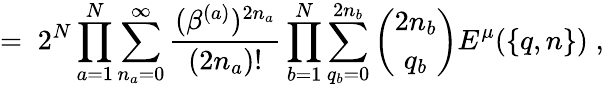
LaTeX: =\; 2^{N}\prod_{a=1}^{N}\sum_{n_{a}=0}^{\infty}\frac{(\beta^{(a)})^{2n_{a}}}{(2n_{a})!}\prod_{b=1}^{N}\sum_{q_{b}=0}^{2n_{b}}{\binom{2n_{b}}{q_{b}}}E^{\mu}(\{ q,n\} )\; ,